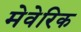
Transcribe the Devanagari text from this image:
मेवेरिक